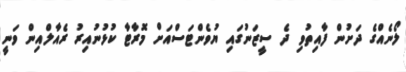
ލޯނެއްގެ ދަށުން ފާއިތުވި ދެ ސީޒަނުގައި ޔުވެންޓަސްއަށް މޮރާޓާ ކުޅުނުއިރު ރެއާލްއިން ވަނީ